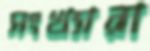
সংখ্যারা